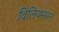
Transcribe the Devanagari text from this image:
व़िलियमसन